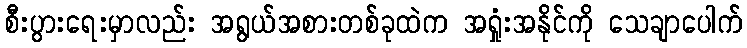
စီးပွားရေးမှာလည်း အရွယ်အစားတစ်ခုထဲက အရှုံးအနိုင်ကို သေချာပေါက်